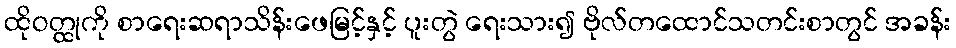
ထိုဝတ္ထုကို စာရေးဆရာသိန်းဖေမြင့်နှင့် ပူးတွဲ ရေးသား၍ ဗိုလ်တထောင်သတင်းစာတွင် အခန်း